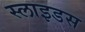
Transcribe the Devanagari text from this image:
स्‍लाइडस